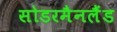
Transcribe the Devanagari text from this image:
सोडरमैनलैंड